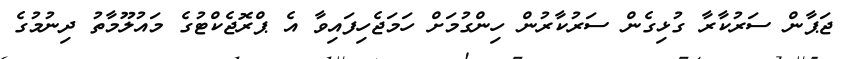
ޖަޕާން ސަރުކާރާ ގުޅިގެން ސަރުކާރުން ހިންގުމަށް ހަމަޖެހިފައިވާ އެ ޕްރޮޖެކްޓުގެ މައުލޫމާތު ދިނުމުގެ